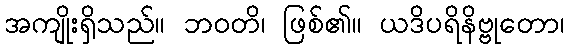
အကျိုးရှိသည်။ ဘဝတိ၊ ဖြစ်၏။ ယဒိပရိနိဗ္ဗုတော၊